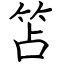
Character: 笘